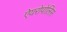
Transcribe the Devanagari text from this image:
ऐयरोपोलिस